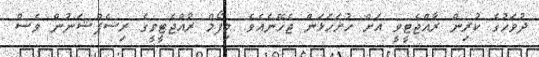
ދުވަހުގެ ކުރިން ރާއްޖެޓީވީ އަށް ހުށަހަޅަން ޖެހޭނެއެވެ. މިފޯމް ރާއްޖެޓީވީގެ ރިސެޕްޝަނުން ވެސް